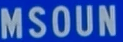
MSOUN